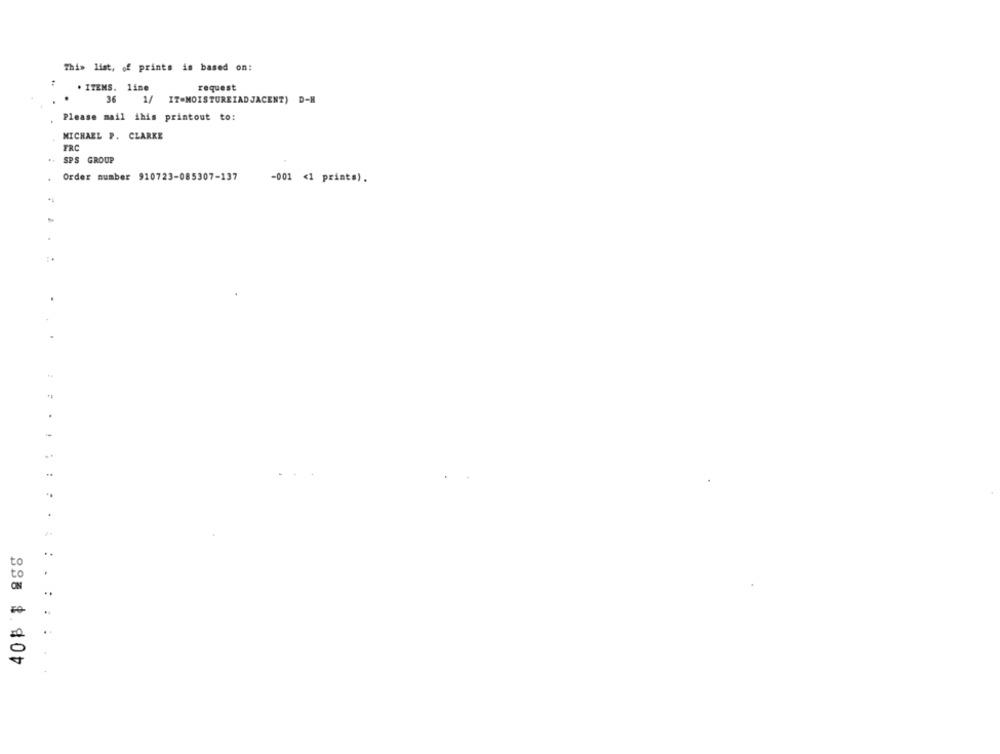
This list, of prints is based on:
. ITEMS. line
request
36
1/ IT=MOISTUREIADJACENT) D-H
Please mail ihis printout to:
MICHAEL P. CLARKE
FRC
SPS GROUP
Order number 910723-085307-137
-001 <1 prints).
..
:
: